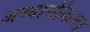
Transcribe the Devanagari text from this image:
अब्बासीकाल